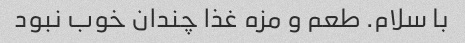
با سلام. طعم و مزه غذا چندان خوب نبود